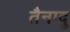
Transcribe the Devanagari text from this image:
तैनादु